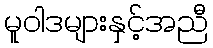
မူဝါဒများနှင့်အညီ